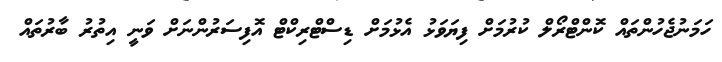
ހަމަނުޖެހުންތައް ކޮންޓްރޯލް ކުރުމަށް ފިޔަވަޅު އެޅުމަށް ޑިސްޓްރިކްޓް އޮފިސަރުންނަށް ވަނީ އިތުރު ބާރުތައް